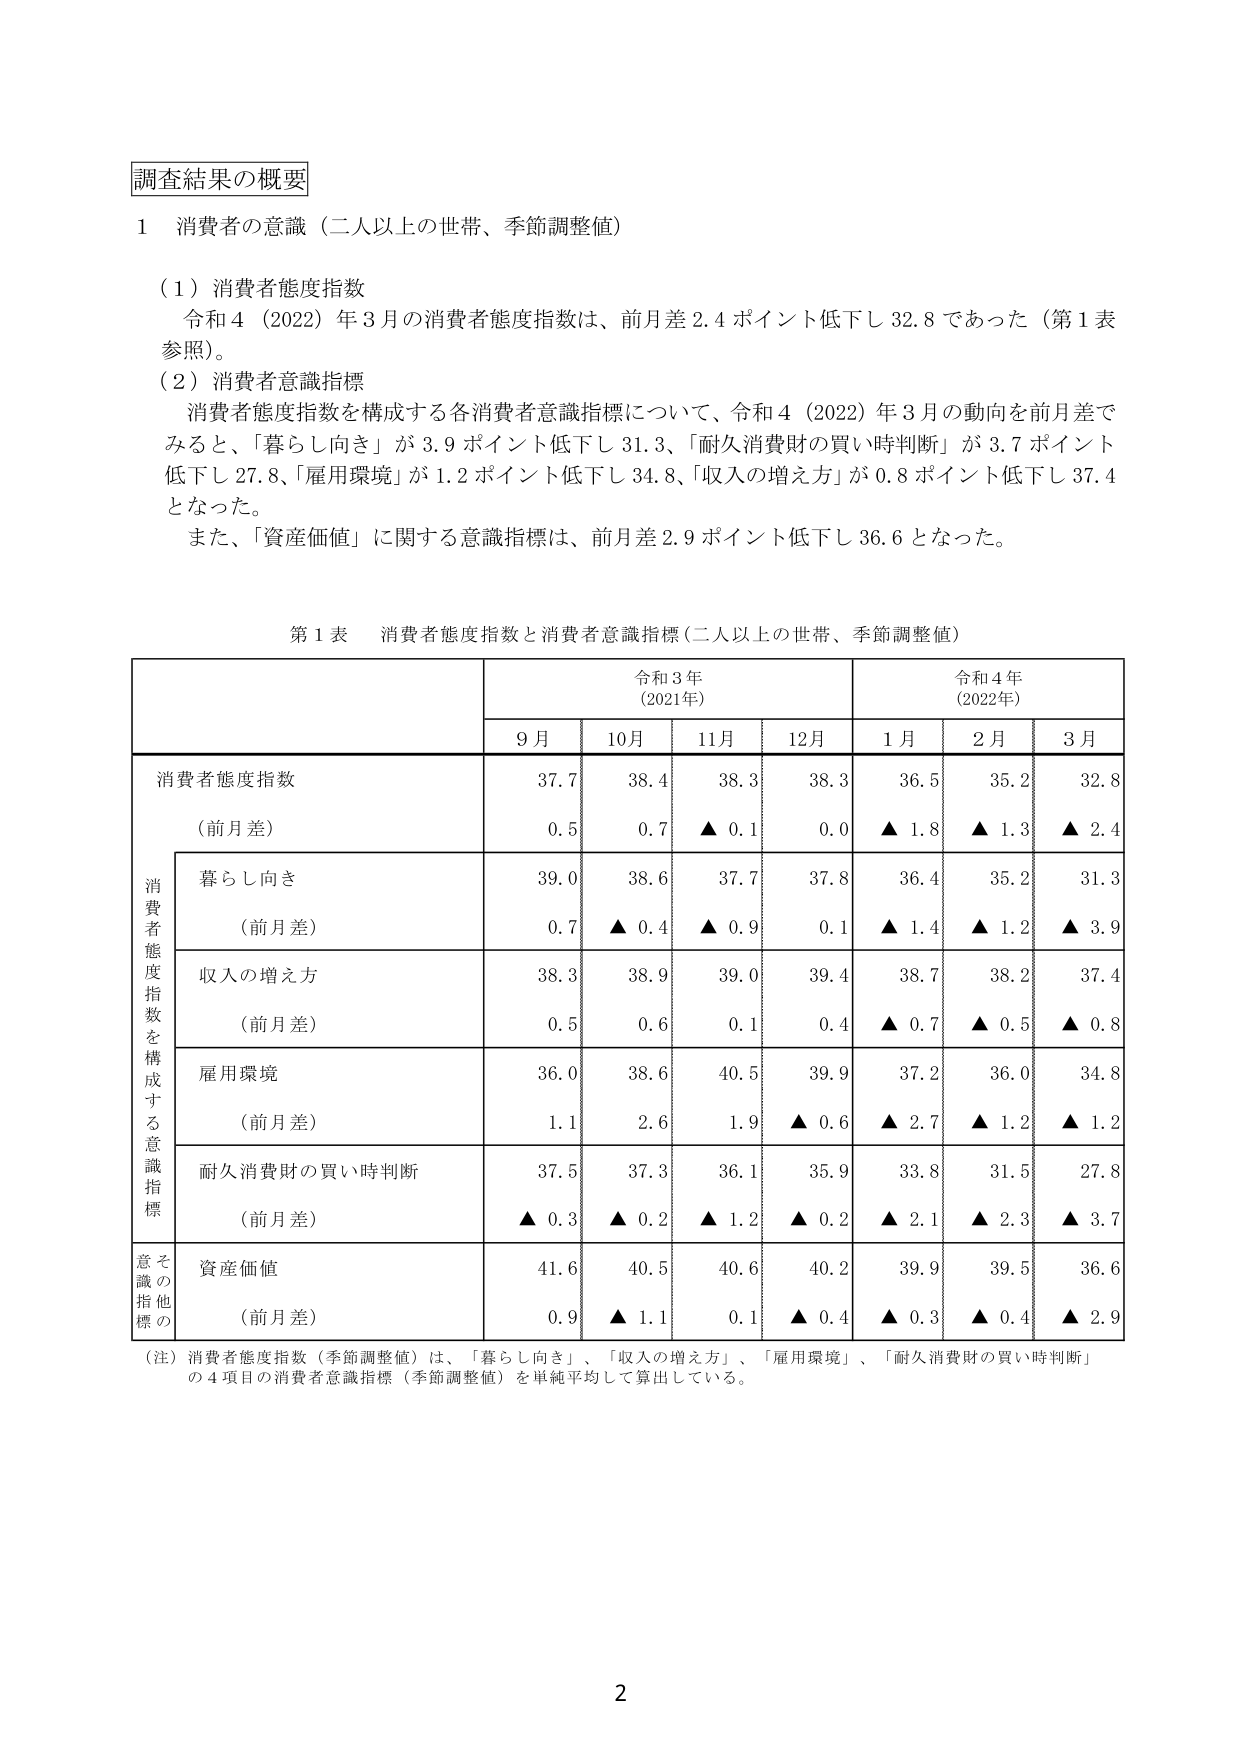
調査結果の概要

1 消費者の意識（二人以上の世帯、季節調整値）

（1）消費者態度指数
令和4（2022）年3月の消費者態度指数は、前月差2.4ポイント低下し32.8であった（第1表参照）。

（2）消費者意識指標
消費者態度指数を構成する各消費者意識指標について、令和4（2022）年3月の動向を前月差でみると、「暮らし向き」が3.9ポイント低下し31.3、「耐久消費財の買い時判断」が3.7ポイント低下し27.8、「雇用環境」が1.2ポイント低下し34.8、「収入の増え方」が0.8ポイント低下し37.4となった。
また、「資産価値」に関する意識指標は、前月差2.9ポイント低下し36.6となった。

第1表 消費者態度指数と消費者意識指標（二人以上の世帯、季節調整値）

| | 令和3年（2021年） | | | | 令和4年（2022年） | | |
|---|---|---|---|---|---|---|---|
| | 9月 | 10月 | 11月 | 12月 | 1月 | 2月 | 3月 |
| 消費者態度指数 | 37.7 | 38.4 | 38.3 | 38.3 | 36.5 | 35.2 | 32.8 |
| （前月差） | 0.5 | 0.7 | ▲ 0.1 | 0.0 | ▲ 1.8 | ▲ 1.3 | ▲ 2.4 |
| 消費者態度指数を構成する意識指標 | | | | | | | |
| 暮らし向き | 39.0 | 38.6 | 37.7 | 37.8 | 36.4 | 35.2 | 31.3 |
| （前月差） | 0.7 | ▲ 0.4 | ▲ 0.9 | 0.1 | ▲ 1.4 | ▲ 1.2 | ▲ 3.9 |
| 収入の増え方 | 38.3 | 38.9 | 39.0 | 39.4 | 38.7 | 38.2 | 37.4 |
| （前月差） | 0.5 | 0.6 | 0.1 | 0.4 | ▲ 0.7 | ▲ 0.5 | ▲ 0.8 |
| 雇用環境 | 36.0 | 38.6 | 40.5 | 39.9 | 37.2 | 36.0 | 34.8 |
| （前月差） | 1.1 | 2.6 | 1.9 | ▲ 0.6 | ▲ 2.7 | ▲ 1.2 | ▲ 1.2 |
| 耐久消費財の買い時判断 | 37.5 | 37.3 | 36.1 | 35.9 | 33.8 | 31.5 | 27.8 |
| （前月差） | ▲ 0.3 | ▲ 0.2 | ▲ 1.2 | ▲ 0.2 | ▲ 2.1 | ▲ 2.3 | ▲ 3.7 |
| その他意識指標 | | | | | | | |
| 資産価値 | 41.6 | 40.5 | 40.6 | 40.2 | 39.9 | 39.5 | 36.6 |
| （前月差） | 0.9 | ▲ 1.1 | 0.1 | ▲ 0.4 | ▲ 0.3 | ▲ 0.4 | ▲ 2.9 |

（注）消費者態度指数（季節調整値）は、「暮らし向き」、「収入の増え方」、「雇用環境」、「耐久消費財の買い時判断」の4項目の消費者意識指標（季節調整値）を単純平均して算出している。

2